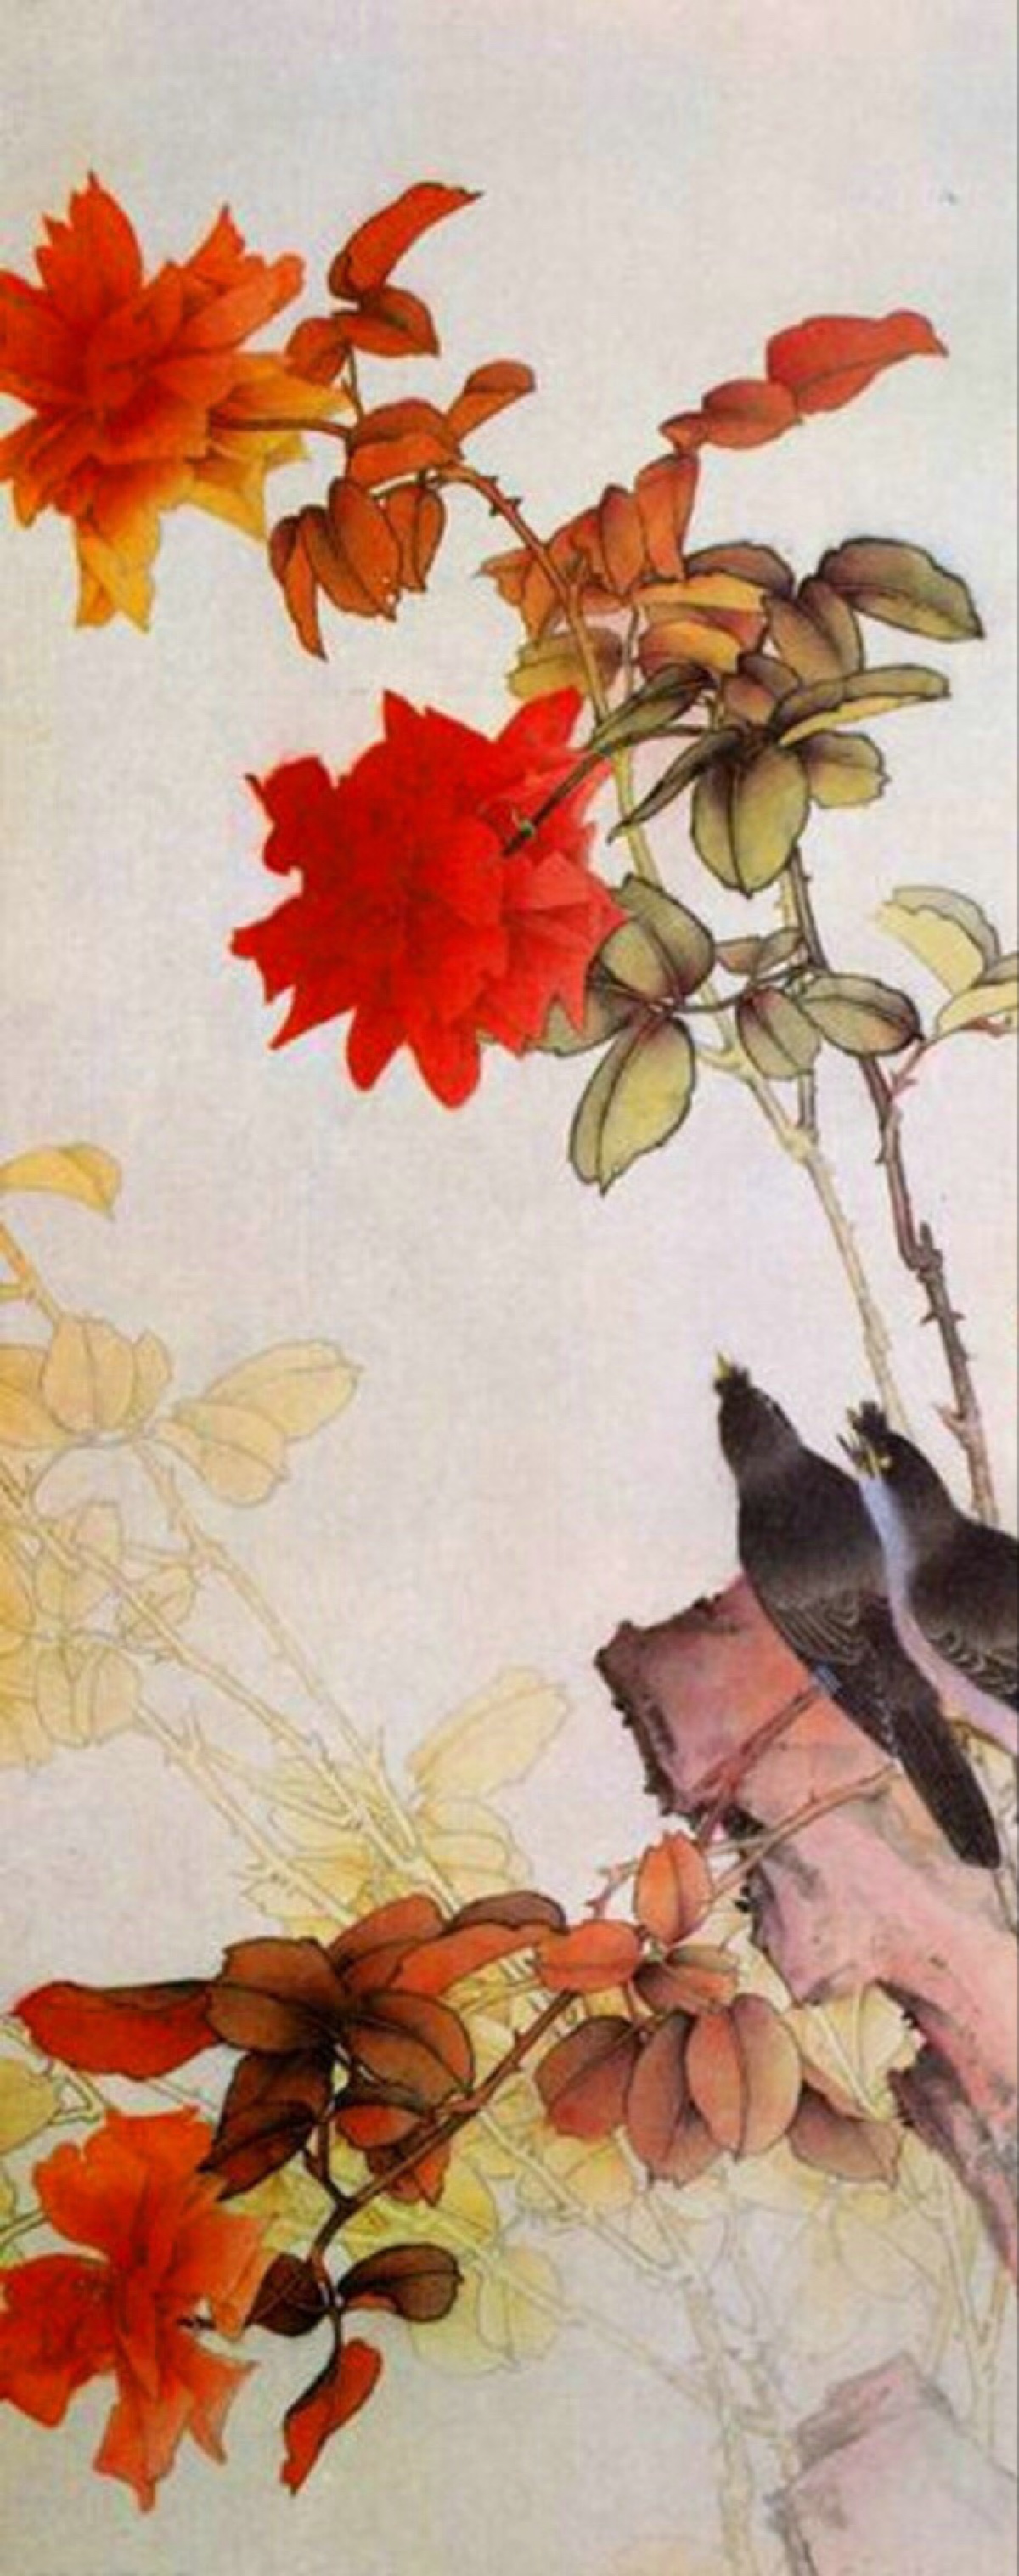
都道无人愁似我，今夜雪，有梅花，似我愁。